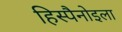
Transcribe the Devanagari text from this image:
हिस्पैनोइला